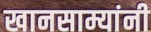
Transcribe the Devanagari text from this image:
खानसाम्यांनी